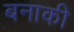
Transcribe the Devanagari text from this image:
बनाकी